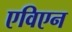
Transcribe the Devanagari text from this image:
एविएन